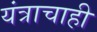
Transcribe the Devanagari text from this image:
यंत्राचाही